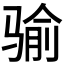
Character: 𩨈